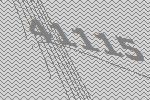
41115